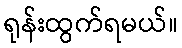
ရုန်းထွက်ရမယ်။